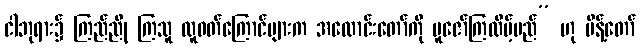
ငါဘုရား၌ ကြည်ညို ကြသူ လူဝတ်ကြောင်များက အလောင်းတော်ကို ပူဇော်ကြလိမ့်မည်” ဟု မိန့်တော်